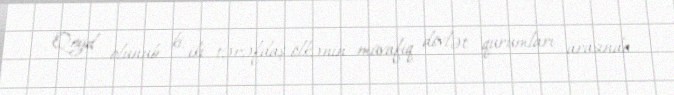
Qeyd olunub ki, iki tərəfdaş ölkənin müvafiq dövlət qurumları arasında